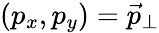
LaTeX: (p_{x},p_{y})=\vec{p}_{\perp}